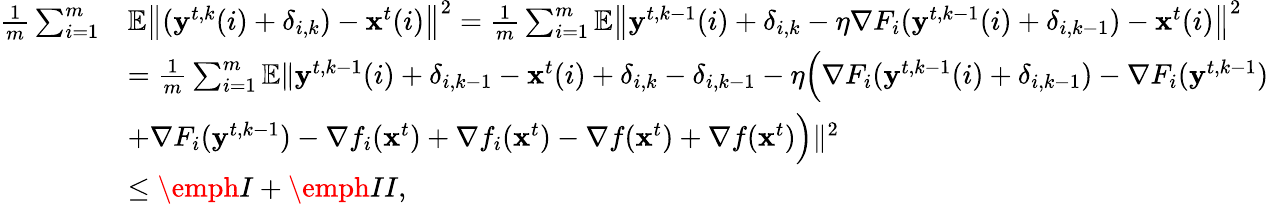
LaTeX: \begin{array}{rl}{\frac{1}{m}\sum_{i=1}^{m}}&{\mathbb{E}\left\| (\mathbf{y}^{t,k}(i)+\delta_{i,k})-\mathbf{x}^{t}(i)\right\| ^{2}=\frac{1}{m}\sum_{i=1}^{m}\mathbb{E}\left\| \mathbf{y}^{t,k-1}(i)+\delta_{i,k}-\eta\nabla F_{i}(\mathbf{y}^{t,k-1}(i)+\delta_{i,k-1})-\mathbf{x}^{t}(i)\right\| ^{2}}\\ &{=\frac{1}{m}\sum_{i=1}^{m}\mathbb{E}\| \mathbf{y}^{t,k-1}(i)+\delta_{i,k-1}-\mathbf{x}^{t}(i)+\delta_{i,k}-\delta_{i,k-1}-\eta\Big(\nabla F_{i}(\mathbf{y}^{t,k-1}(i)+\delta_{i,k-1})-\nabla F_{i}(\mathbf{y}^{t,k-1})}\\ &{+\nabla F_{i}(\mathbf{y}^{t,k-1})-\nabla f_{i}(\mathbf{x}^{t})+\nabla f_{i}(\mathbf{x}^{t})-\nabla f(\mathbf{x}^{t})+\nabla f(\mathbf{x}^{t})\Big)\| ^{2}}\\ &{\leq\emph{I}+\emph{II},}\end{array}